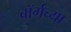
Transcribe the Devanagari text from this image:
बॉर्गच्या